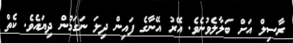
ރާސިލް އަށް ބަލާލެވުނެވެ. އޭރު އޭނާގެ ފައިން ދިލަ ނަގަމުން ދިޔައެވެ. ކެތް